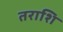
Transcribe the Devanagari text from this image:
तराशि